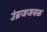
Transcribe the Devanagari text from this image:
उंब्रजजवळ